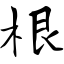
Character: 根